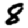
Digit: 8